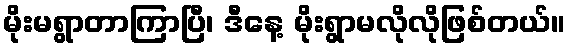
မိုးမရွာတာကြာပြီ၊ ဒီနေ့ မိုးရွာမလိုလိုဖြစ်တယ်။